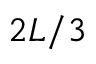
2 L / 3